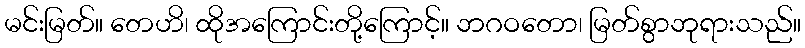
မင်းမြတ်။ တေဟိ၊ ထိုအကြောင်းတို့ကြောင့်။ ဘဂဝတော၊ မြတ်စွာဘုရားသည်။